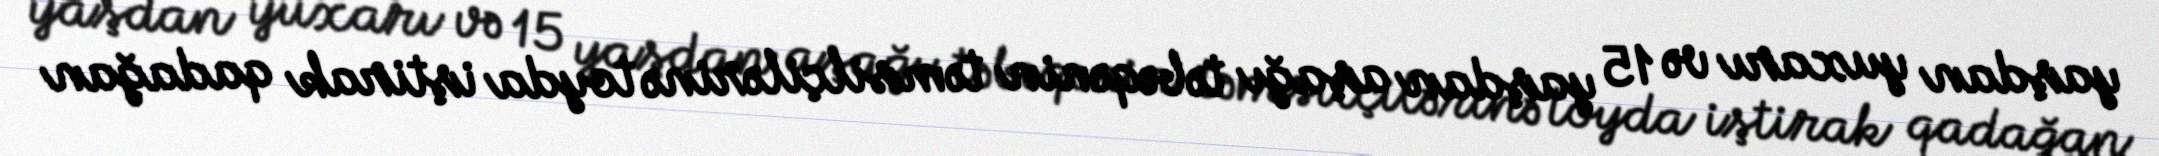
yaşdan yuxarı və 15 yaşdan aşağı təbəqənin təmsilçilərinə toyda iştirak qadağan